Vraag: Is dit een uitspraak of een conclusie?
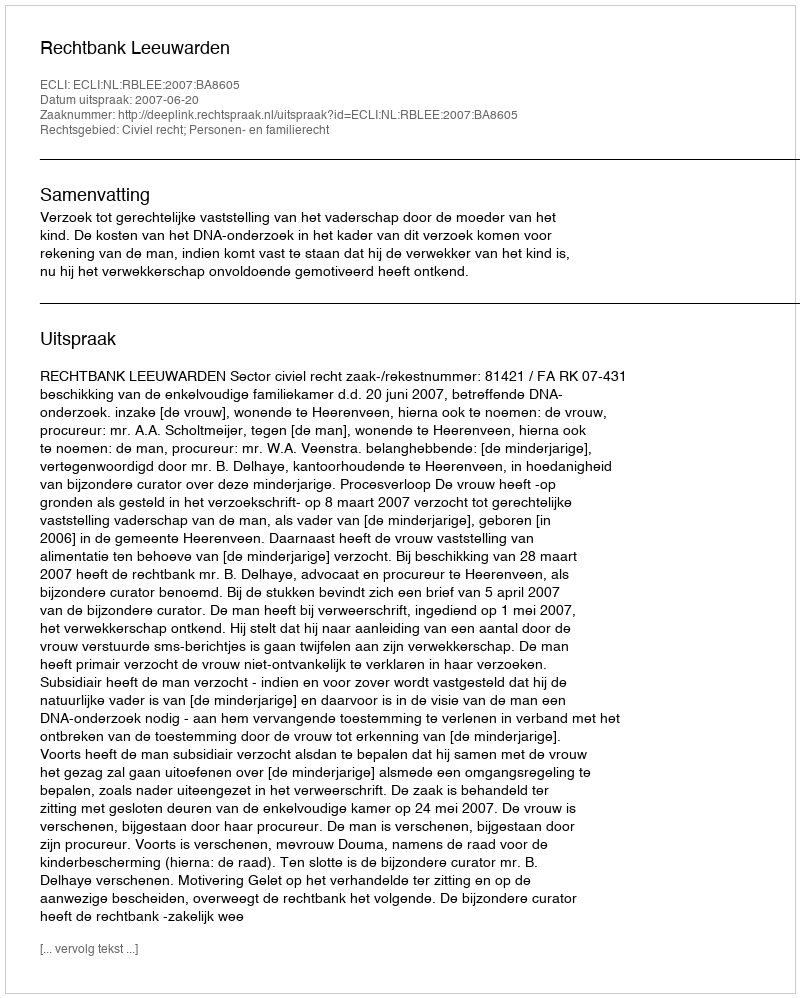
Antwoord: Uitspraak